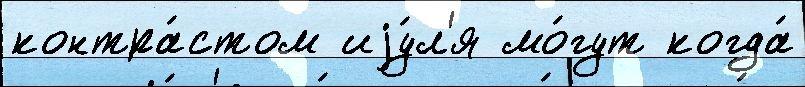
контра́стом иjу́л'я мо́гут когда́